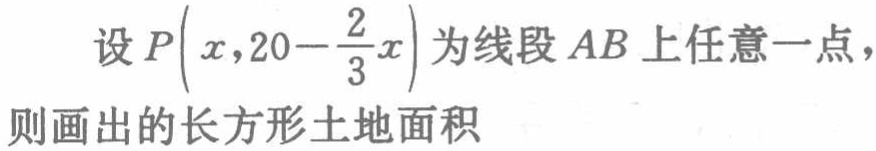
设\(P\left(x,20 - \frac{2}{3}x\right)\)为线段\(AB\)上任意一点，则画出的长方形土地面积